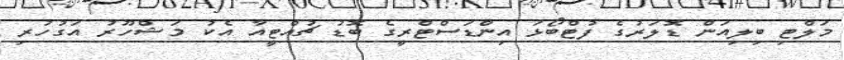
މަލްޓި ބިލިއަން ޑޮލަރުގެ ފުޓްބޯޅަ އިންޑަސްޓްރީގެ ބޮޑު ޗުއްޓީއާ އެކު މަޝްހޫރު އަގުހުރި